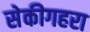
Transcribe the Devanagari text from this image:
सेकीगहरा